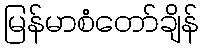
မြန်မာစံတော်ချိန်